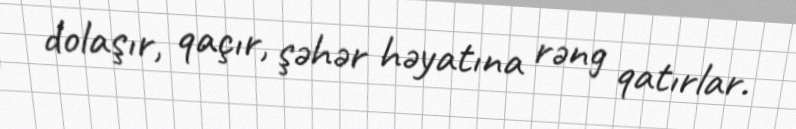
dolaşır, qaçır, şəhər həyatına rəng qatırlar.